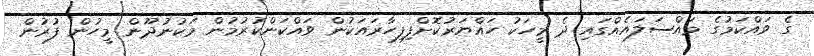
ގެ ވައްކަމުގެ މައްސަލައެއްގައި ދެ މީހަކު ހައްޔަރުކޮށްފިފިހާރައަކުން ވައްކަންކުރުމުން މަކުނުދޫން މީހުން ފުރުން